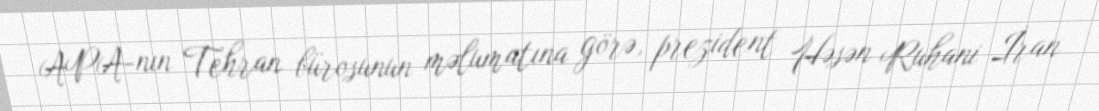
APA-nın Tehran bürosunun məlumatına görə, prezident Həsən Ruhani İran